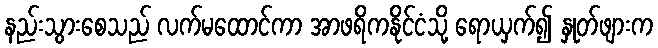
နည်းသွားစေသည် လက်မထောင်ကာ အာဖရိကနိုင်ငံသို့ ရောယှက်၍ နှုတ်ဖျားက